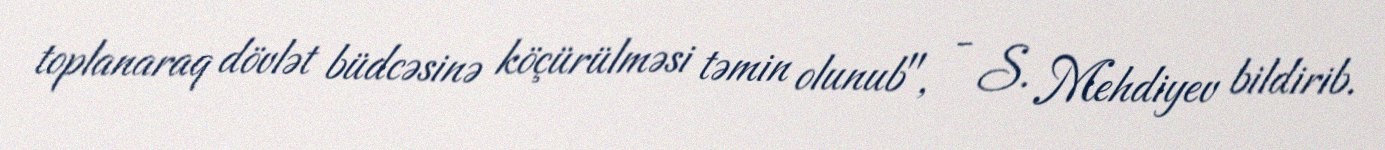
toplanaraq dövlət büdcəsinə köçürülməsi təmin olunub", - S. Mehdiyev bildirib.